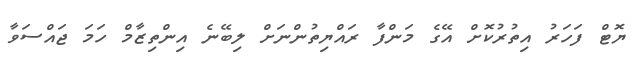
ޔޮޓް ފަހަރު އިތުރުކޮށް އޭގެ މަންފާ ރައްޔިތުންނަށް ލިބޭނެ އިންތިޒާމް ހަމަ ޖައްސަވާ